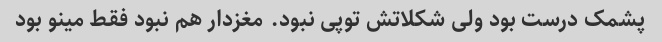
پشمک درست بود ولی شکلاتش توپی نبود. مغزدار هم نبود فقط مینو بود